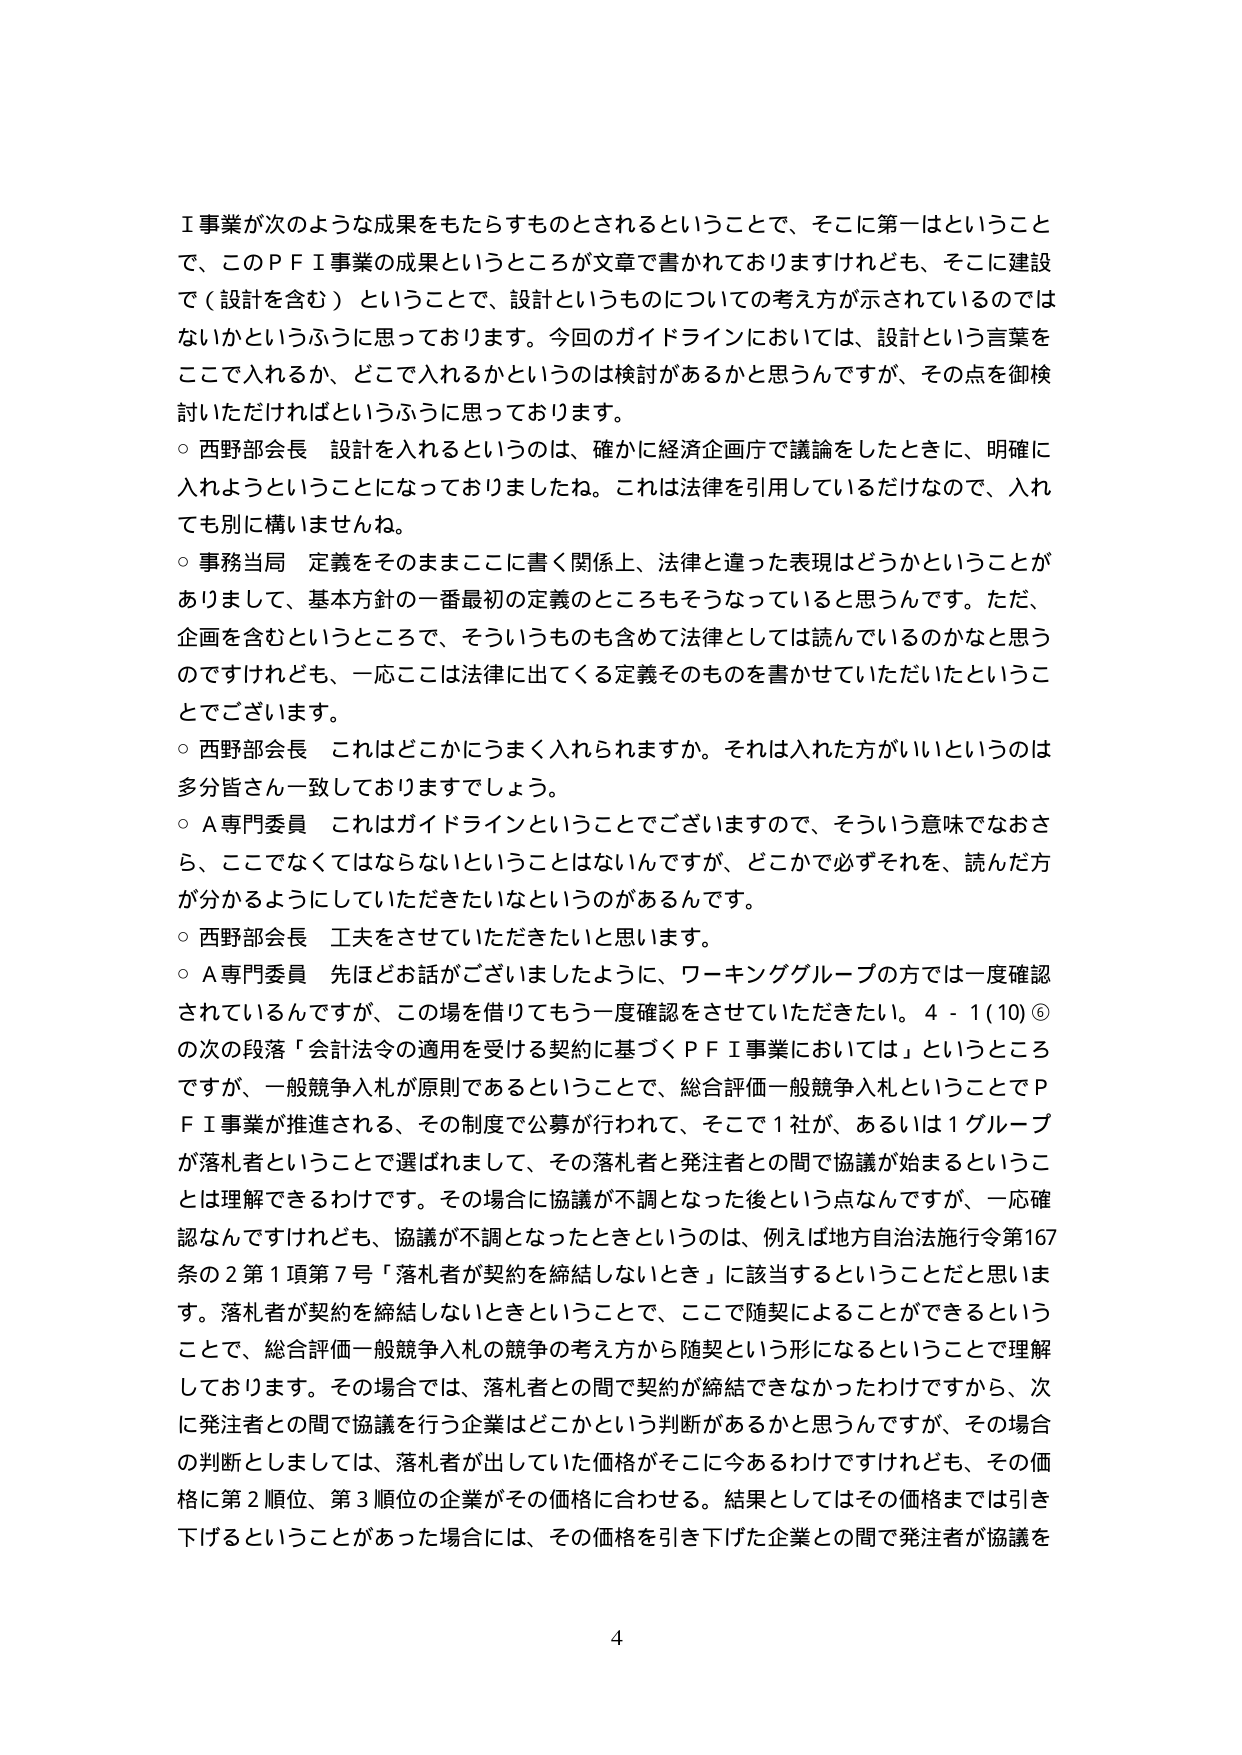
Ｉ事業が次のような成果をもたらすものとされるということで、そこに第一はということで、このＰＦＩ事業の成果というところが文章で書かれておりますけれども、そこに建設で（設計を含む）ということで、設計というものについての考え方が示されているのではないかというふうに思っております。今回のガイドラインにおいては、設計という言葉をどこで入れるか、どこで入れるかというのは検討があるかと思うんですが、その点を御検討いただければというふうに思っております。

○ 西野部会長　設計を入れるというのは、確かに経済企画庁で議論をしたときに、明確に入れようということになっておりましたね。これは法律を引用しているだけなので、入れても別に構いませんね。

○ 事務当局　定義をそのままここに書く関係上、法律と違った表現はどうかということがありまして、基本方針の一番最初の定義のところもそうなっていると思うんです。ただ、企画を含むということで、そういうものも含めて法律としては読んでいるのかなと思うのですけれども、一応ここは法律に出てくる定義そのものを書かせていただいたということでございます。

○ 西野部会長　これはどこかにうまく入れられますか。それは入れた方がいいというのは多分皆さん一致しておりますでしょう。

○ Ａ専門委員　これはガイドラインということでございますので、そういう意味ではおさらい、ここでなくてはならないということはないんですが、どこかで必ずそれを、読んだ方が分かるようにしていただきたいなというのがあるんです。

○ 西野部会長　工夫をさせていただきたいと思います。

○ Ａ専門委員　先ほどお話がございましたように、ワーキンググループの方では一度確認されているんですが、この場を借りてもう一度確認をさせていただきたい。４－１（10）⑤の次の段落「会計法令の適用を受ける契約に基づくＰＦＩ事業においては」というところですが、一般競争入札が原則であるということで、総合評価一般競争入札ということでＰＦＩ事業が推進される、その制度で公募が行われて、そこで１社か、あるいは１グループが落札者ということで選ばれまして、その落札者と発注者との間で協議が始まるということは理解できるわけです。その場合に協議が不調となった後という点なんですが、一応確認なんですけれども、協議が不調となったときというのは、例えば地方自治法施行令第167条の２第１項第７号「落札者が契約を締結しないとき」に該当するということだと思いま す。落札者が契約を締結しないときということで、ここで随契によることができるということで、総合評価一般競争入札の競争の考え方から随契という形になるということで理解しております。その場合では、落札者との間で契約が締結できなかったわけですから、次に発注者との間で協議を行う企業はどこかという判断があるかと思うんですが、その場合の判断としましては、落札者が出していた価格がそこに今あるわけですけれども、その価格に第２順位、第３順位の企業がその価格に合わせる。結果としてはその価格までは引き下げるということがあった場合には、その価格を引き下げた企業との間で発注者が協議を

4